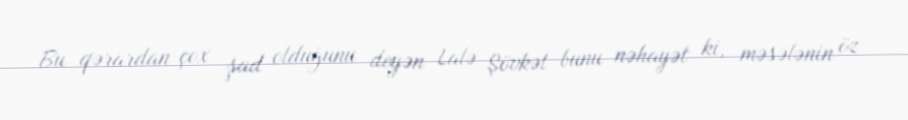
Bu qərardan çox şad olduğunu deyən Lalə Şövkət bunu nəhayət ki, məsələnin öz